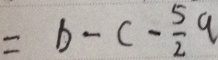
= b - c - \frac { 5 } { 2 } a